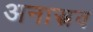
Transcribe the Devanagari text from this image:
अनास्त्रव